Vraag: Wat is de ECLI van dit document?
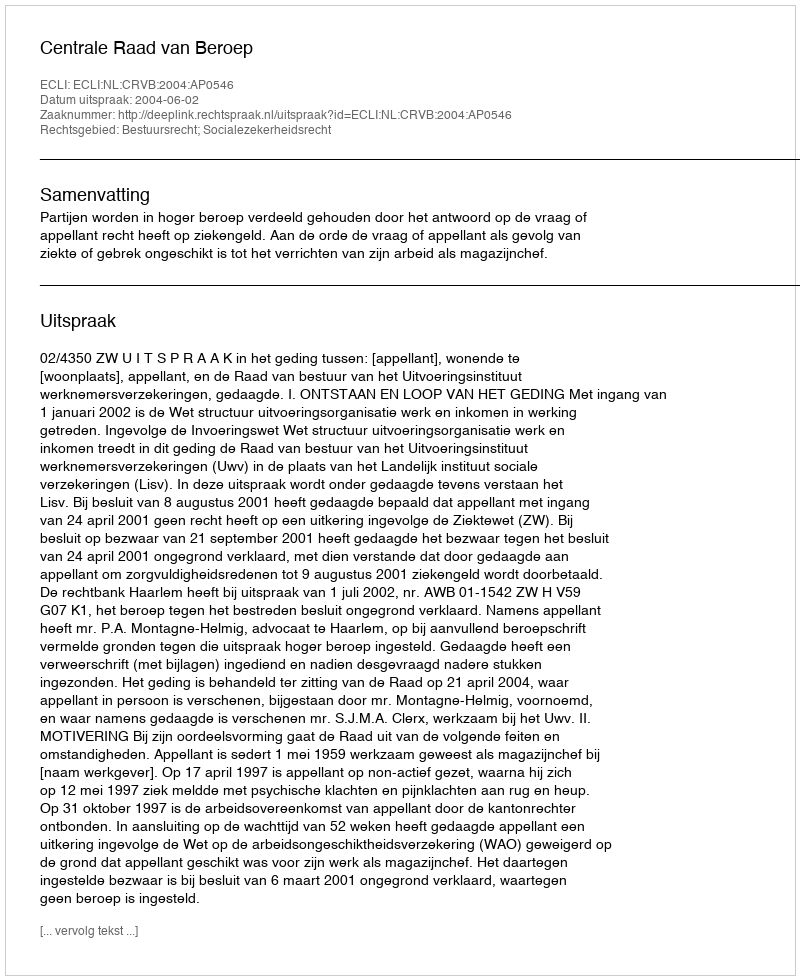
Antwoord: ECLI:NL:CRVB:2004:AP0546